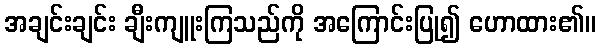
အချင်းချင်း ချီးကျူးကြသည်ကို အကြောင်းပြု၍ ဟောထား၏။